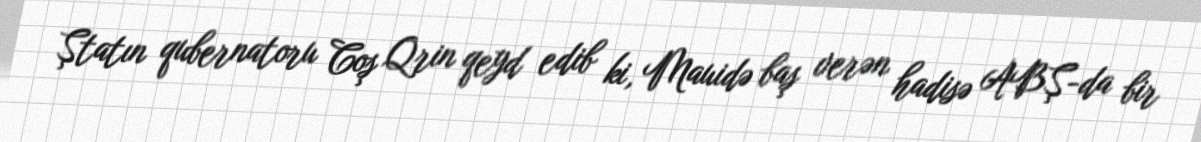
Ştatın qubernatoru Coş Qrin qeyd edib ki, Mauidə baş verən hadisə ABŞ-da bir